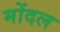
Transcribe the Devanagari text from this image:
मोंदल